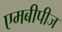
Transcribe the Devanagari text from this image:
एमबीपीज